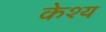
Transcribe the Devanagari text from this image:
केश्य